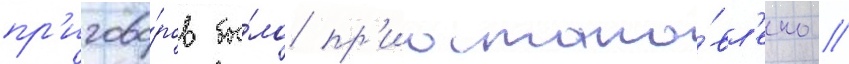
пр'игово́ров бы́ло пр'иостано́вл'ено //